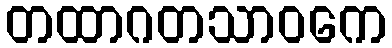
တထာဂတသာဝကေ